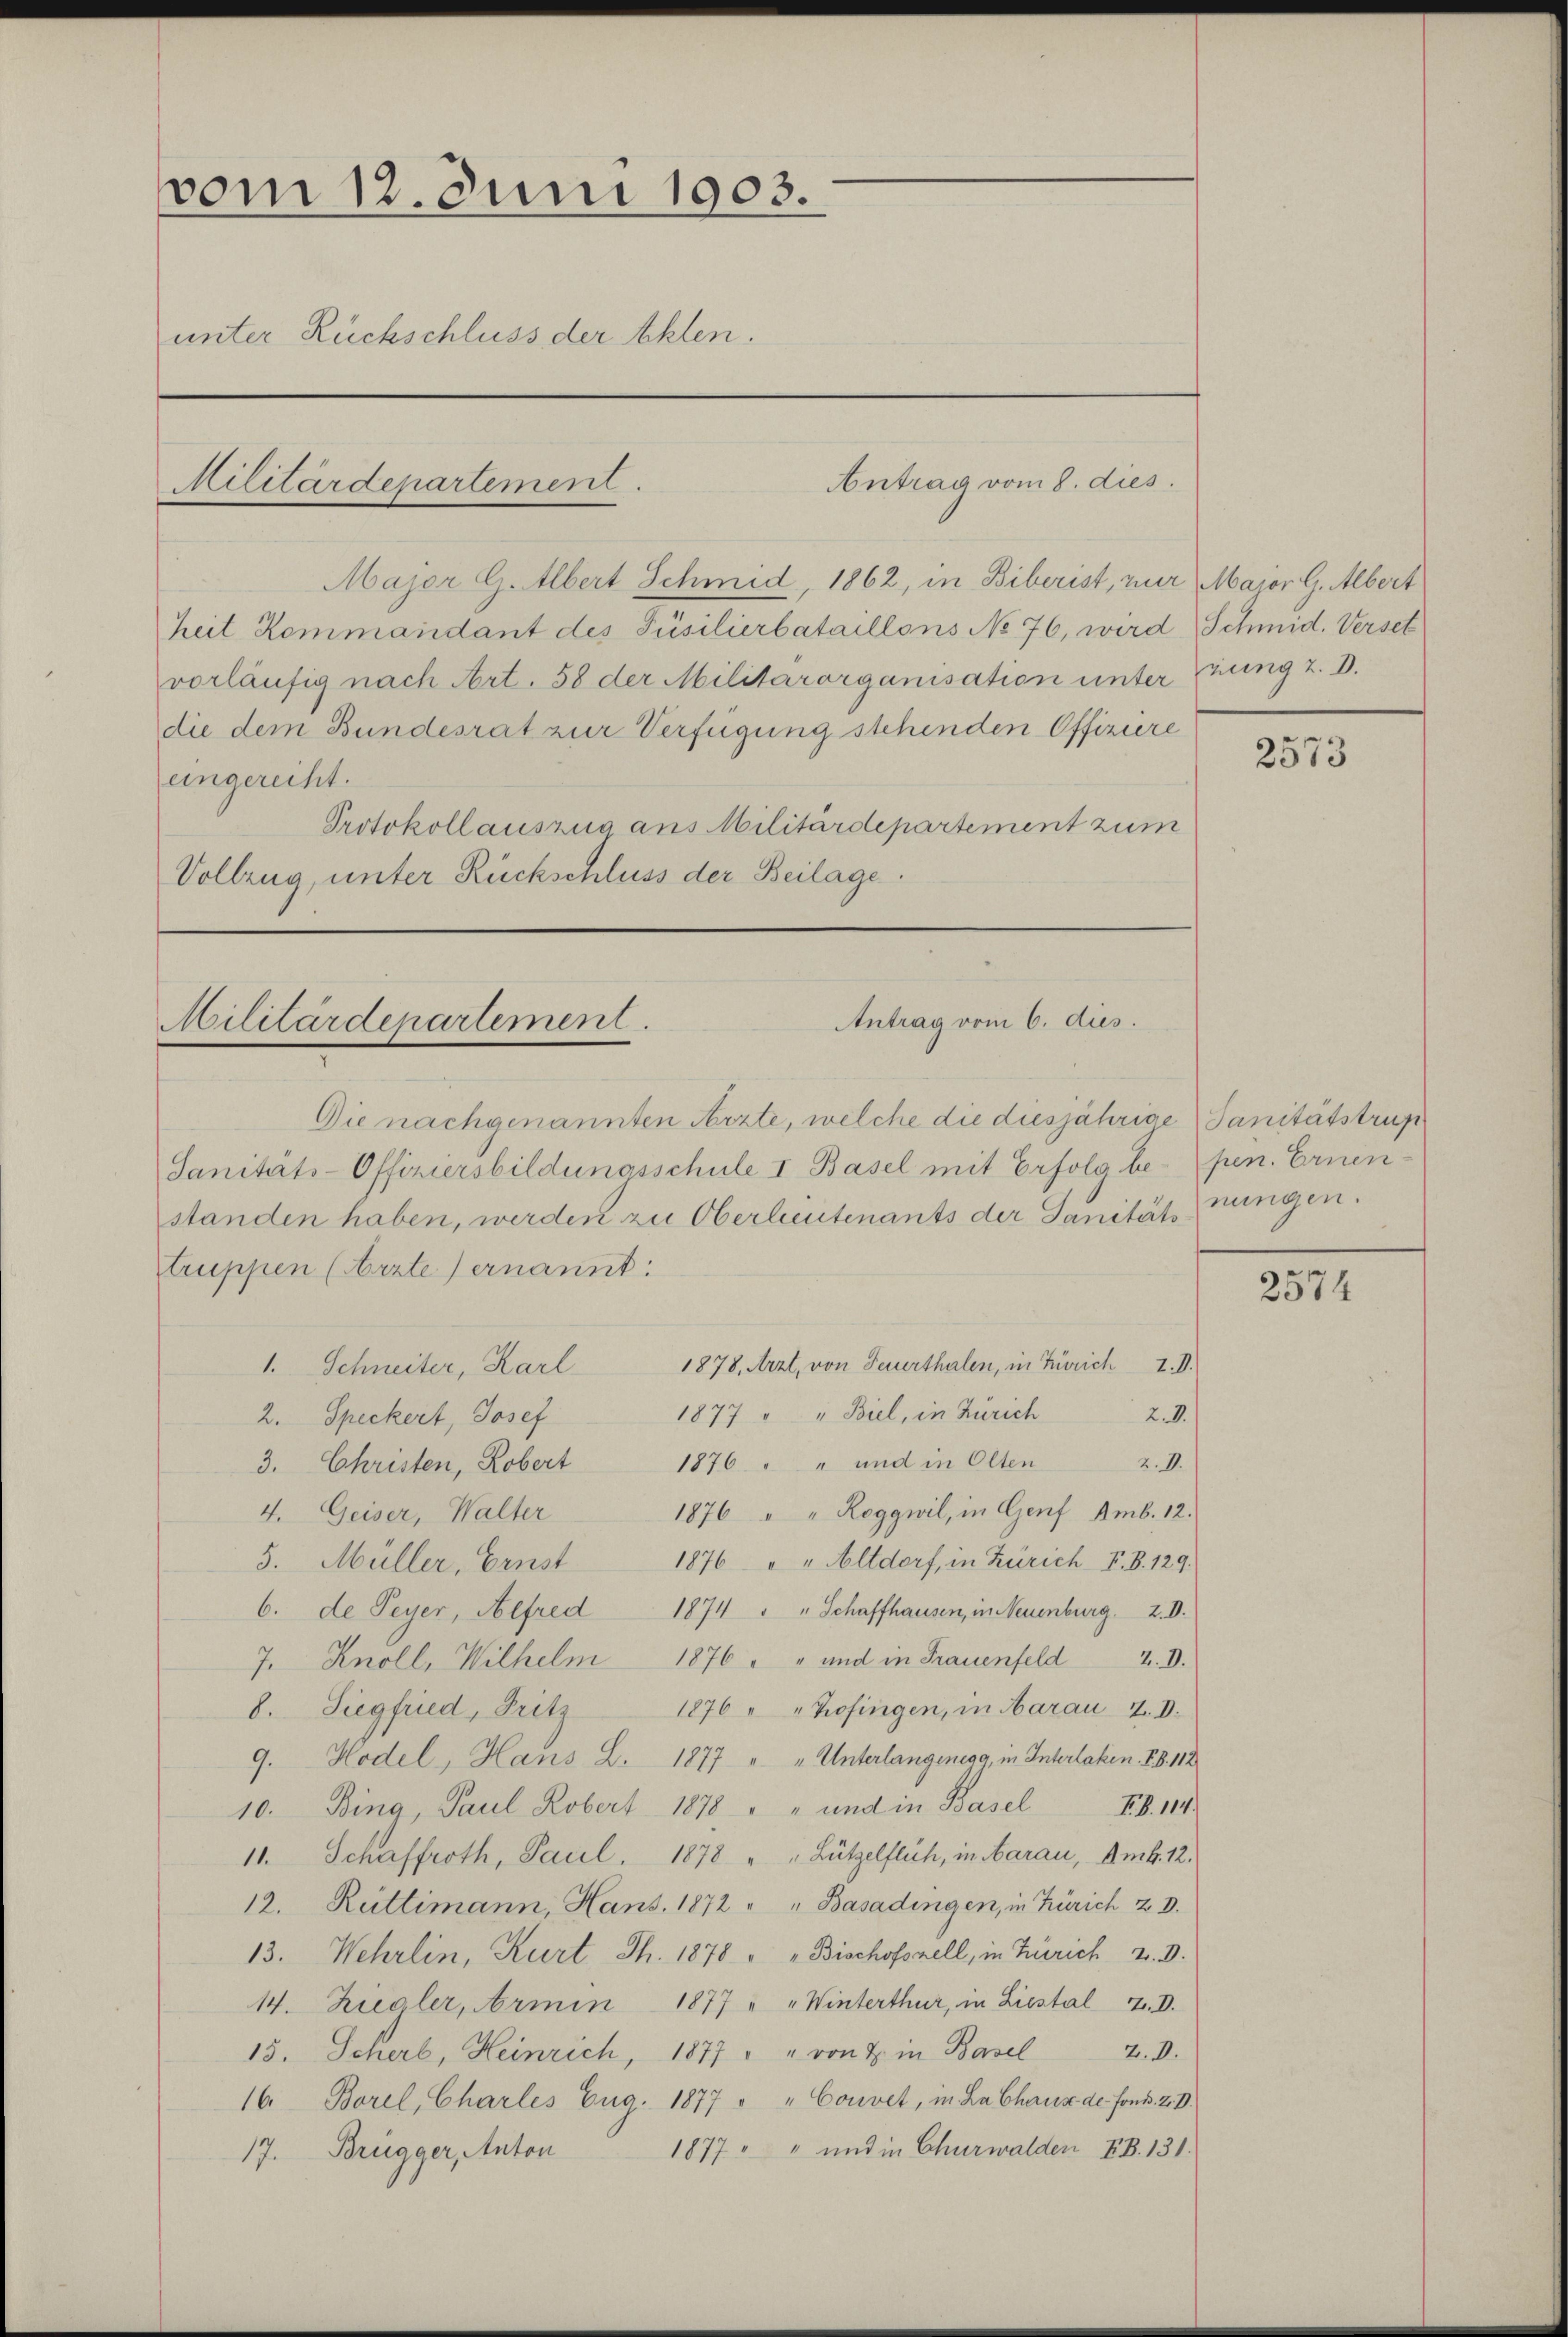
vom 12. Juni 1903.
unter Rückschluss der Akten.

Militärdepartement.

Major G. Albert Schmid, 1862, in Biberist, nur Major G. Albert
heit Kommandant des Füsilierbataillons No 76, wird Schmid. Verset
vorläufig nach Art. 58 der Militärorganisation unter zung z. B.
die dem Bundesrat zur Verfügung stehenden Offiziere
eingerecht.
Protokollauszug aus Militärdepartement zum
Vollzug, unter Rückschluss der Beilage.

Antrag vom 8. dies

Antrag vom 6. dies.
Militärdepartement.

Die nachgenannten Arzte, welche die diesjährige Sanitätstrup¬
Sanitäts-Offiziersbildungsschule I Basel mit Erfolg be-pen. Ernenstanden haben, werden zu Oberleutenants der Sanität ungen.
truppen (Arzte ernannt:
1878, Arzt, von Feuerthalen, in Zürich I. II.
1. Schneiter, Karl
1877 " " Biel, in Zürich
2.8.
2. Speckert, Josef
2.D.
3. Christen, Robert 1876 " " und in Olten
1876 " " Roggwil, in Genf Amb. 12.
4. Geiser, Walter
5. Müller, Ernst 1876 " " Altdorf, in Zürich-V. B. 129.
6. de Peyer, Alfred 1874 " " Schaffhausen, in Neuenburg. 2. O.
7. Knoll, Wilhelm 1876 " " und in Frauenfeld. D.
1876 „ „Zofingen, in Aarau 2. d.
8. Siegfried, Fritz
9. Hodel, Hans L. 1877. " " Unterlangenegg, in Interlaken. F. S. 112
10. Bing, Paul Kobert 1878 " " und in Basel Frk. 114.
11. Schaffroth, Paul. 1878 " " Lützelflich, in Aarau, Amb. 12.
12. Rüttimann, Hans. 1872 " " Basadingen, in Zürich 2 D.
13. Wehrlin, Kurt Th. 1878 " " Bischofszell, in Zürich 2. V.
14. Ziegler, Armin 1877 " " Winterthur, in Liestal 4. D.
15. Scherb, Heinrich, 1877 " " von J. in Basel 2. d.
16 Borel, Charles Eug. 1877 " " Convet, in La Chaux de sond. 2. V.
1877 " und in Churwalden EB. 131.
17. Brügger, Anton

2573

2574